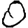
Digit: 0